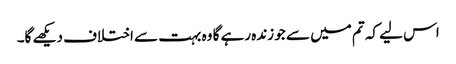
اس لیے کہ تم میں سے جو زندہ رہے گا وہ بہت سے اختلاف دیکھے گا۔